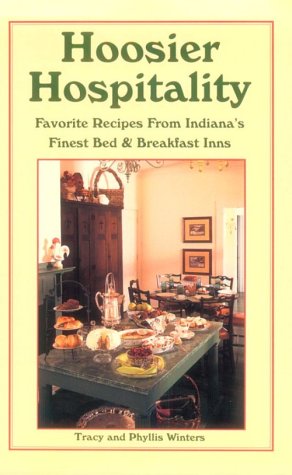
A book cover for Hoosier Hospitality Favorite Recipes from Indiana's Finest Bed & Breakfast Inns; Tracy Winters; Travel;